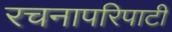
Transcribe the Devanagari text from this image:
रचनापरिपाटी